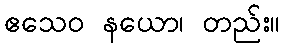
ဧသေဝ နယော၊ တည်း။